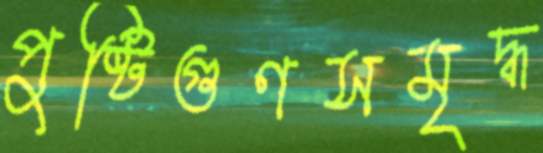
পুষ্টিগুণসমৃদ্ধ